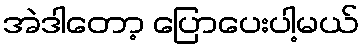
အဲဒါတော့ ပြောပေးပါ့မယ်